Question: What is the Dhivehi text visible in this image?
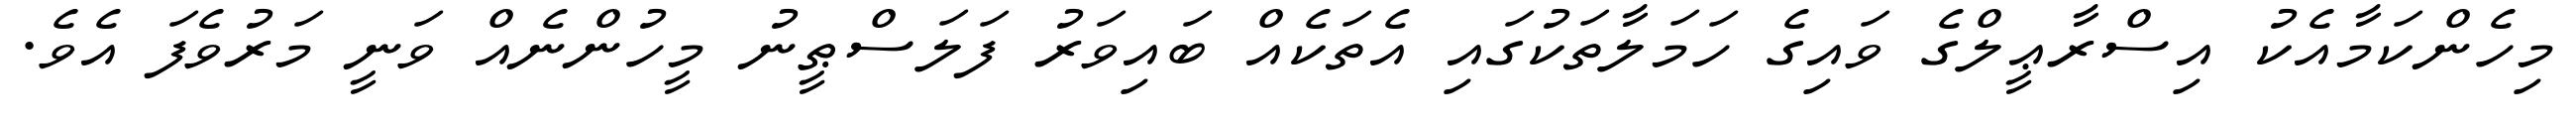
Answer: މިހެންކަމާއެކު އިސްރާޢީލްގެ ވައިގެ ހަމަލާތަކުގައި އެތަކެއް ބައިވަރު ފަލަސްޠީނު މީހުންނެއް ވަނީ މަރުވެފަ އެވެ.